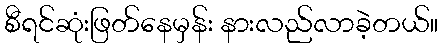
စီရင်ဆုံးဖြတ်နေမှန်း နားလည်လာခဲ့တယ်။